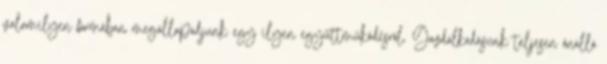
valamilyen formában megállapodjunk egy ilyen együttműködésről. Gazdálkodásunk teljesen önálló